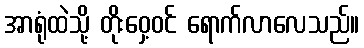
အာရုံထဲသို့ တိုးဝှေ့ဝင် ရောက်လာလေသည်။